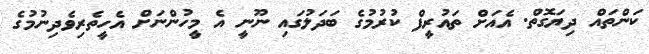
ކަންތައް ދިޔަގޮތް. އެއަށް ތައުރީފް ކުރުމުގެ ބަދަލުގައި ނޫނީ އެ މީހުންނަށް އެހީތެރިވެދިނުމުގެ